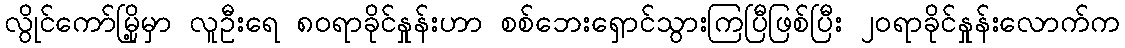
လွိုင်ကော်မြို့မှာ လူဦးရေ ၈၀ရာခိုင်နှုန်းဟာ စစ်ဘေးရှောင်သွားကြပြီဖြစ်ပြီး ၂၀ရာခိုင်နှုန်းလောက်က